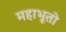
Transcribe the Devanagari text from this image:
महाभूतो